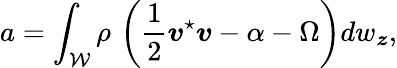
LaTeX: a=\int_{\mathcal W}\rho\, \left(\frac{1}{2}{\boldsymbol v}^{\star}{\boldsymbol v}-\alpha-\Omega\right)dw_{\boldsymbol z},